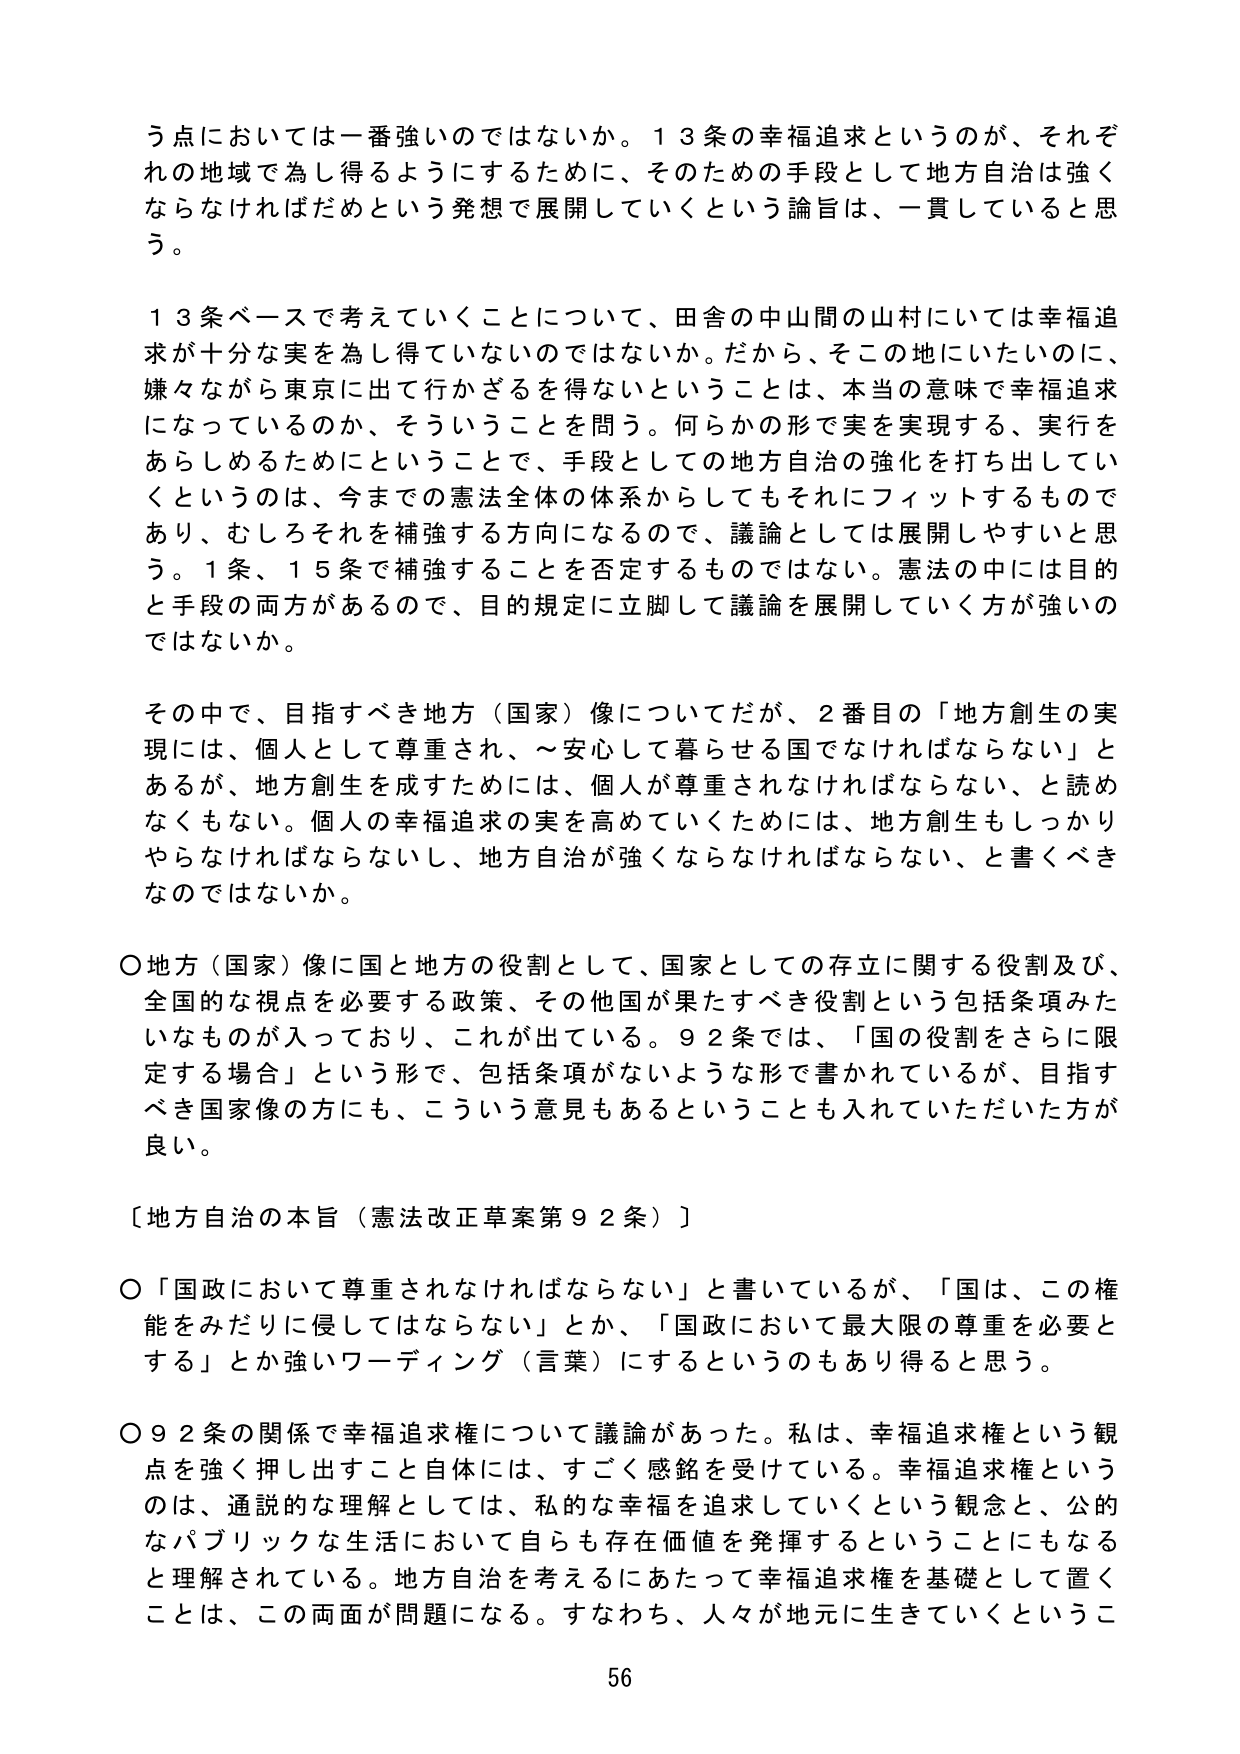
う点においては一番強いのではないか。13条の幸福追求というのが、それぞれの地域で為し得るようにするために、そのための手段として地方自治は強くならなければだめという発想で展開していくという論旨は、一貫していると思う。

13条ベースで考えていくことについて、田舎の中山間の山村にいては幸福追求が十分な実を為し得ていないのではないか。だから、そこの地にいたいのに、嫌々ながら東京に出て行かざるを得ないということは、本当の意味で幸福追求になっているのか、そういうことを問う。何らかの形で実を実現する、実行をあらしめるためにということで、手段としての地方自治の強化を打ち出していくというのは、今までの憲法全体の体系からしてもそれにフィットするものであり、むしろそれを補強する方向になるので、議論としては展開しやすいと思う。1条、15条で補強することを否定するものではない。憲法の中には目的と手段の両方があるので、目的規定に立脚して議論を展開していく方が強いのではないか。

その中で、目指すべき地方（国家）像についてだが、2番目の「地方創生の実現には、個人として尊重され、～安心して暮らせる国でなければならない」とあるが、地方創生を成すためには、個人が尊重されなければならない、と読めなくもない。個人の幸福追求の実を高めていくためには、地方創生もしっかりやらなければならないし、地方自治が強くならなければならない、と書くべきなのではないか。

〇地方（国家）像に国と地方の役割として、国家としての存立に関する役割及び、全国的な視点を必要とする政策、その他国が果たすべき役割という包括条項みたいなものが入っており、これが出てている。92条では、「国の役割をさらに限定する場合」という形で、包括条項がないような形で書かれているが、目指すべき国家像の方にも、こういう意見もあるということも入れていただいた方が良い。

〔地方自治の本旨（憲法改正草案第92条）〕

〇「国政において尊重されなければならない」と書いているが、「国は、この権能をみだりに侵してはならない」とか、「国政において最大限の尊重を必要とする」とか強いワーディング（言葉）にするというのもあり得ると思う。

〇92条の関係で幸福追求権について議論があった。私は、幸福追求権という観点を強く押し出すこと自体には、すごく感銘を受けている。幸福追求権というのは、通説的な理解としては、私的な幸福を追求していくという観念と、公的なパブリックな生活において自らも存在価値を発揮することにもなると理解されている。地方自治を考えるにあたって幸福追求権を基礎として置くことは、この両面が問題になる。すなわち、人々が地元に生きていくというこ

56